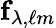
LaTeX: \mathbf{f}_{\lambda,\ell m}